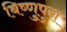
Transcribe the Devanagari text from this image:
बिष्णुपुरा